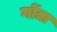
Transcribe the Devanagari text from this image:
गोंद्या